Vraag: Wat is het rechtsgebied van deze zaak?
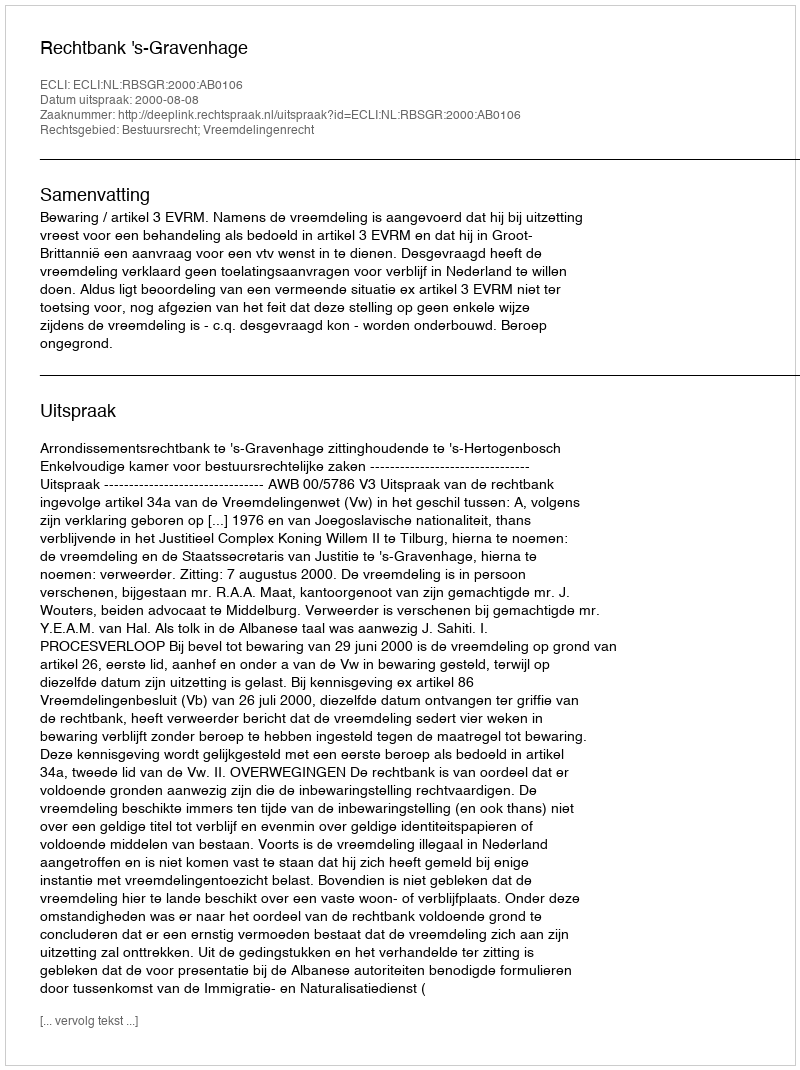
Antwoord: Bestuursrecht; Vreemdelingenrecht